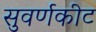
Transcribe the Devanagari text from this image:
सुवर्णकीट